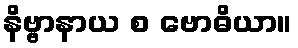
နိဗ္ဗာနာယ စ ဗောဓိယာ။